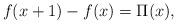
LaTeX: \begin{align*}f(x+1)-f(x)=\Pi (x),\end{align*}